Madras plague regulations and rules - Volume 2
Disease focus: Plague
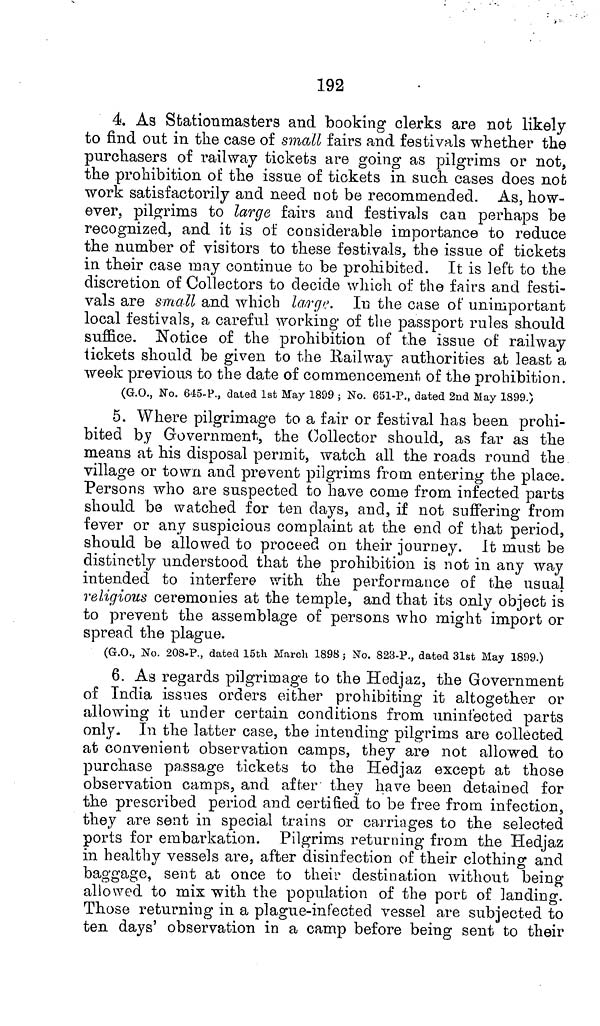
192
4. As Stationmasters and booking clerks are not likely
to find out in the case of small fairs and festivals whether the
purchasers of railway tickets are going as pilgrims or not,
the prohibition of the issue of tickets in such cases does not
work satisfactorily and need not be recommended. As, how-
ever, pilgrims to large fairs and festivals can perhaps be
recognized, and it is of considerable importance to reduce
the number of visitors to these festivals, the issue of tickets
in their case may continue to be prohibited. It is left to the
discretion of Collectors to decide which of the fairs and festi-
vals are small and which large. In the case of unimportant
local festivals, a careful working of the passport rules should
suffice. Notice of the prohibition of the issue of railway
tickets should be given to the Railway authorities at least a
week previous to the date of commencement of the prohibition.
(G.O., No. 645-P., dated 1st May 1899 ; No. 651-P., dated 2nd May 1899.)
5. Where pilgrimage to a fair or festival has been prohi-
bited by Government, the Collector should, as far as the
means at his disposal permit, watch all the roads round the
village or town and prevent pilgrims from entering the place.
Persons who are suspected to have come from infected parts
should be watched for ten clays, and, if not suffering from
fever or any suspicious complaint at the end of that period,
should be allowed to proceed on their journey. It must be
distinctly understood that the prohibition is not in any way
intended to interfere with the performance of the usual
religious ceremonies at the temple, and that its only object is
to prevent the assemblage of persons who might import or
spread the plague.
(G.O., No. 208-P., dated 15th March 1898; No. 823-P., dated 31st May 1899.)
6. As regards pilgrimage to the Hedjaz, the Government
of India issues orders either prohibiting it altogether or
allowing it under certain conditions from uninfected parts
only. In the latter case, the intending pilgrims are collected
at convenient observation camps, they are not allowed to
purchase passage tickets to the Hedjaz except at those
observation camps, and after they have been detained for
the prescribed period and certified to be free from infection,
they are sent in special trains or carriages to the selected
ports for embarkation. Pilgrims returning from the Hedjaz
in healthy vessels are, after disinfection of their clothing and
baggage, sent at once to their destination without being
allowed to mix with the population of the port of landing.
Those returning in a plague-infected vessel are subjected to
ten days' observation in a camp before being sent to their